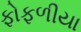
ફોફળીયા